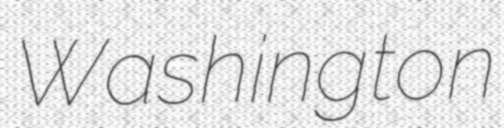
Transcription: Washington